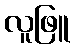
လူဖြူ